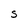
Character: S